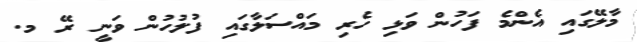
މާލޭގައި އެންމެ ފަހުން ވަޅި ހެރި މައްސަލާގައި ފުލުހުން ވަނީ ރޭ މ.